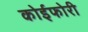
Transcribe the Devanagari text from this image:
कोईफोरी